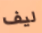
ليف